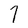
Character: 7